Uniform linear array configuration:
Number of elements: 48
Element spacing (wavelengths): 0.75
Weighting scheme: exponential
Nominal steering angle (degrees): -30
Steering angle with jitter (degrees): -31.52
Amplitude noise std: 0.05
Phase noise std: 0.05

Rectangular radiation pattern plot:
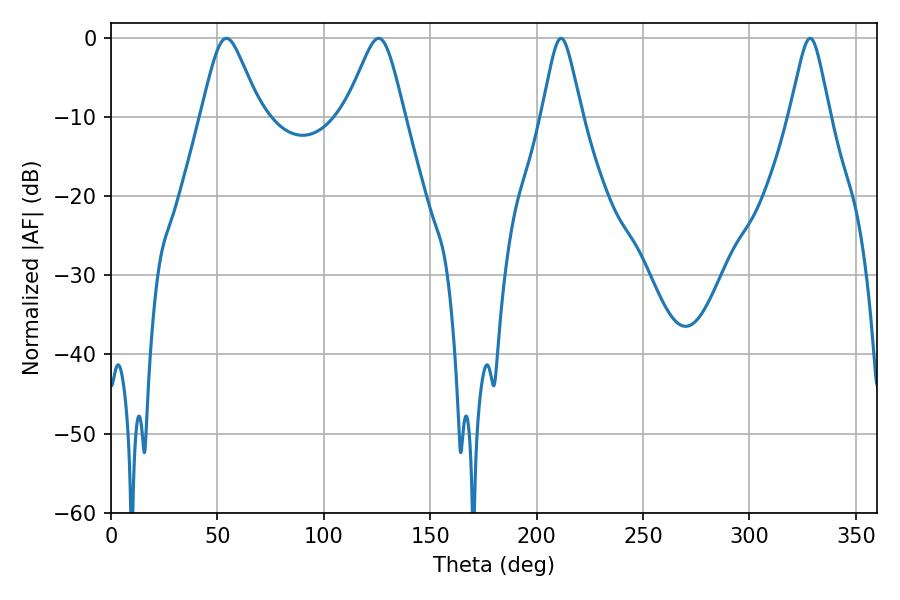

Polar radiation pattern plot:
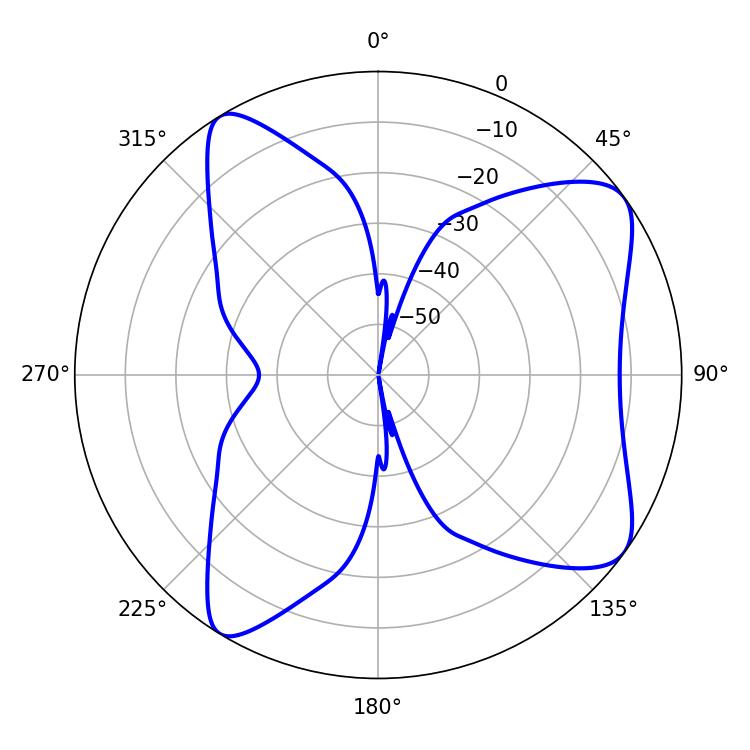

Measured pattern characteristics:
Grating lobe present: TRUE
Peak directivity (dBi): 8.354
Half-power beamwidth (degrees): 13.5
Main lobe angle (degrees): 54.18